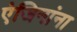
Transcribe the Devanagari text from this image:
एंजिनांना